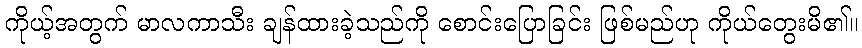
ကိုယ့်အတွက် မာလကာသီး ချန်ထားခဲ့သည်ကို စောင်းပြောခြင်း ဖြစ်မည်ဟု ကိုယ်တွေးမိ၏။